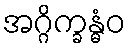
အဂ္ဂိက္ခန္ဓံဝ